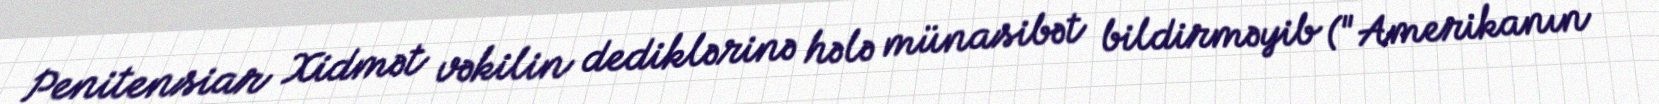
Penitensiar Xidmət vəkilin dediklərinə hələ münasibət bildirməyib ("Amerikanın